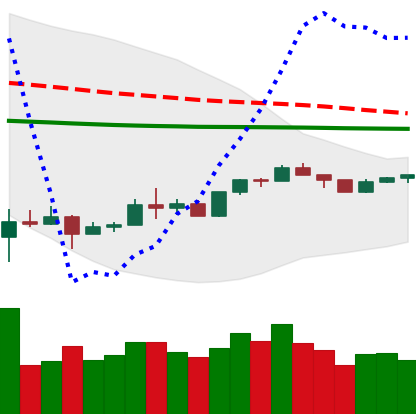
Ticker: XMR-USD
Chart end date: 2020-04-01
Forward return: 20.338%
Label: up_7plus